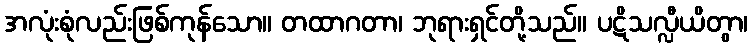
အလုံးစုံလည်းဖြစ်ကုန်သော။ တထာဂတာ၊ ဘုရားရှင်တို့သည်။ ပဋိသလ္လီယိတွာ၊